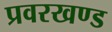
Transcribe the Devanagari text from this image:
प्रवरखण्ड